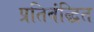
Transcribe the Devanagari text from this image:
प्रतिबंद्धित